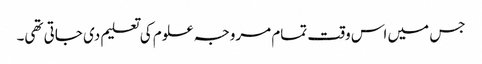
جس میں اس وقت تمام مروجہ علوم کی تعلیم دی جاتی تھی۔